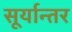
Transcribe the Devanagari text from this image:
सूर्यान्तर